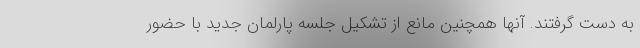
به دست گرفتند. آنها همچنین مانع از تشکیل جلسه پارلمان جدید با حضور